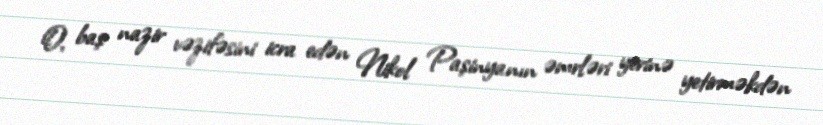
O, baş nazir vəzifəsini icra edən Nikol Paşinyanın əmrləri yerinə yetirməkdən